Rangoon Lunatic Asylum 1898-1906 - 1898-1906
Year: 1898
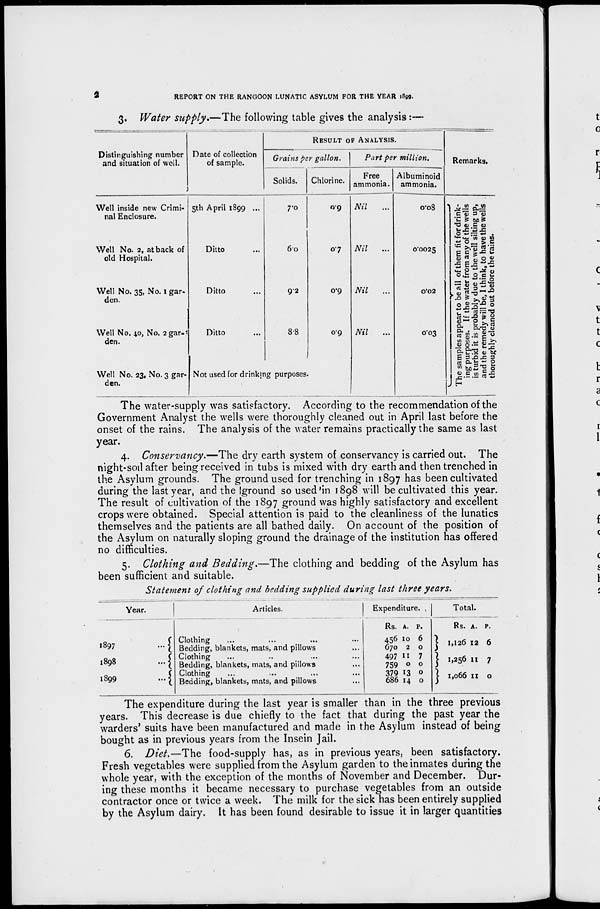
2
REPORT ON THE RANGOON LUNATIC ASYLUM FOR THE YEAR 1899.
3. Water supply.—The following table gives the analysis :—
Distinguishing number
and situation of well.
Well inside new Crimi-
nal Enclosure.
Well No. 2, at back of
old Hospital.
Well No, 35, No. 1 gar-
den.
Well No, 40, No. 2 gar-
den.
Well No. 23, No. 3 gar-
den.
Date of collection
of sample.
5th April 1899 ...
Ditto ...
Ditto ...
Ditto ...
RESULT OF ANALYSIS.
Grains per gallon.
Solids.
7.0
6.0
9.2
8.8
Not used for drinking purposes
Chlorine.
0.9
0.7
0.9
0.9
Part per million.
Free
ammonia.
Nil
...
Nil
...
Nil
...
Nil
...
Albuminoid
ammonia.
0.08
0.0025
0.02
0.03
Remarks.
The samples appear to be all of them fit for drink-
ing purposes. If the water from any of the wells
is turbid it is probably due to the well silting up,
and the remedy will be, I think, to have the wells
thoroughly cleaned out before the rains.
The water-supply was satisfactory. According to the recommendation of the
Government Analyst the wells were thoroughly cleaned out in April last before the
onset of the rains. The analysis of the water remains practically the same as last
year,
4. Conservancy.—The dry earth system of conservancy is carried out. The
night-soil after being received in tubs is mixed with dry earth and then trenched in
the Asylum grounds. The ground used for trenching in 1897 has been cultivated
during the last year, and the ground so used in 1898 will be cultivated this year.
The result of cultivation of the 1897 ground was highly satisfactory and excellent
crops were obtained. Special attention is paid to the cleanliness of the lunatics
themselves and the patients are all bathed daily. On account of the position of
the Asylum on naturally sloping ground the drainage of the institution has offered
no difficulties.
5. Clothing and Bedding.—The clothing and bedding of the Asylum has
been sufficient and suitable.
Statement of clothing and bedding supplied during last three years.
Year.
1897 ...
1898
...
1899
...
Articles.
Clothing ... ... ... ...
Bedding, blankets, mats, and pillows ...
Clothing ... ... ... ...
Bedding, blankets, mats, and pillows ...
Clothing ... ... ... ...
Bedding, blankets, mats, and pillows ...
Expenditure.
Rs.
456
670
497
759
379
686
A.
10
2
11
0
13
14
P.
6
0
7
0
0
0
Total.
Rs.
1,126
1,256
1,066
A.
12
11
11
P.
6
7
0
The expenditure during the last year is smaller than in the three previous
years. This decrease is due chiefly to the fact that during the past year the
warders' suits have been manufactured and made in the Asylum instead of being
bought as in previous years from the Insein Jail.
6. Diet.—The food-supply has, as in previous years, been satisfactory.
Fresh vegetables were supplied from the Asylum garden to the inmates during the
whole year, with the exception of the months of November and December. Dur-
ing these months it became necessary to purchase vegetables from an outside
contractor once or twice a week. The milk for the sick has been entirely supplied
by the Asylum dairy. It has been found desirable to issue it in larger quantities